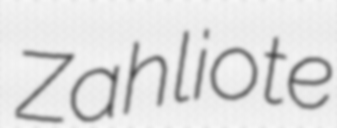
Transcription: Zahliote